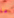
ما